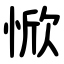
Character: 惞